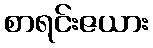
စာရင်းဇယား